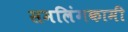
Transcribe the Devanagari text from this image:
समलिंगकामी